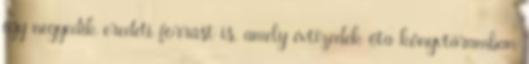
egy negyedik eredeti forrást is, amely évtizedek óta könyvtáramban